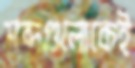
শব্দগুলোকেই